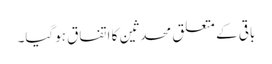
باقی کے متعلق محدثین کا اتفاق ہوگیا۔